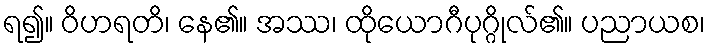
ရ၍။ ဝိဟရတိ၊ နေ၏။ အဿ၊ ထိုယောဂီပုဂ္ဂိုလ်၏။ ပညာယစ၊